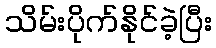
သိမ်းပိုက်နိုင်ခဲ့ပြီး